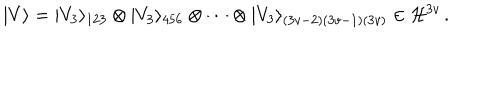
| V \rangle = | V _ { 3 } \rangle _ { 1 2 3 } \otimes | V _ { 3 } \rangle _ { 4 5 6 } \otimes \cdots \otimes | V _ { 3 } \rangle _ { ( 3 v - 2 ) ( 3 v - 1 ) ( 3 v ) } \in { \cal H } ^ { 3 v } \, .